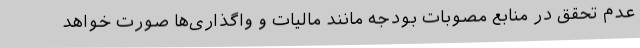
عدم تحقق در منابع مصوبات بودجه مانند مالیات و واگذاری‌ها صورت خواهد